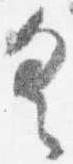
具